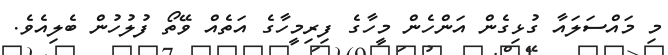
މި މައްސަލައާ ގުޅިގެން އަންހެން މީހާގެ ފިރިމީހާގެ އަތެއް ވޭތޯ ފުލުހުން ބެލިއެވެ.